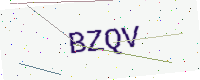
Text: BZQV